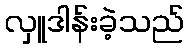
လှူဒါန်းခဲ့သည်